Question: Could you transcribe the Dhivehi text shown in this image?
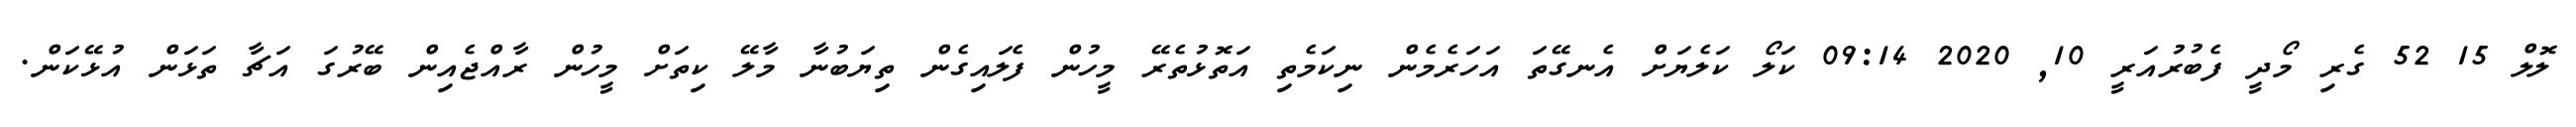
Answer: ލޮލް 15 52 ގެރި މޯދީ ފެބުރުއަރީ 10, 2020 09:14 ކަލޯ ކަލެޔަށް އެނގޭތަ އަހަރެމެން ނިކަމެތި އަތޮޅުތެރޭ މީހުން ފެލައިގެން ތިޔަބުނާ މާލޭ ކިތަށް މީހުން ރާއްޖެއިން ބޭރުގަ އަޗާ ތަޅަން އުޅޭކަން.